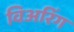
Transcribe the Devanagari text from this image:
विअरिंग